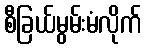
စီခြယ်မွမ်းမံလိုက်